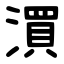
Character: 㵋